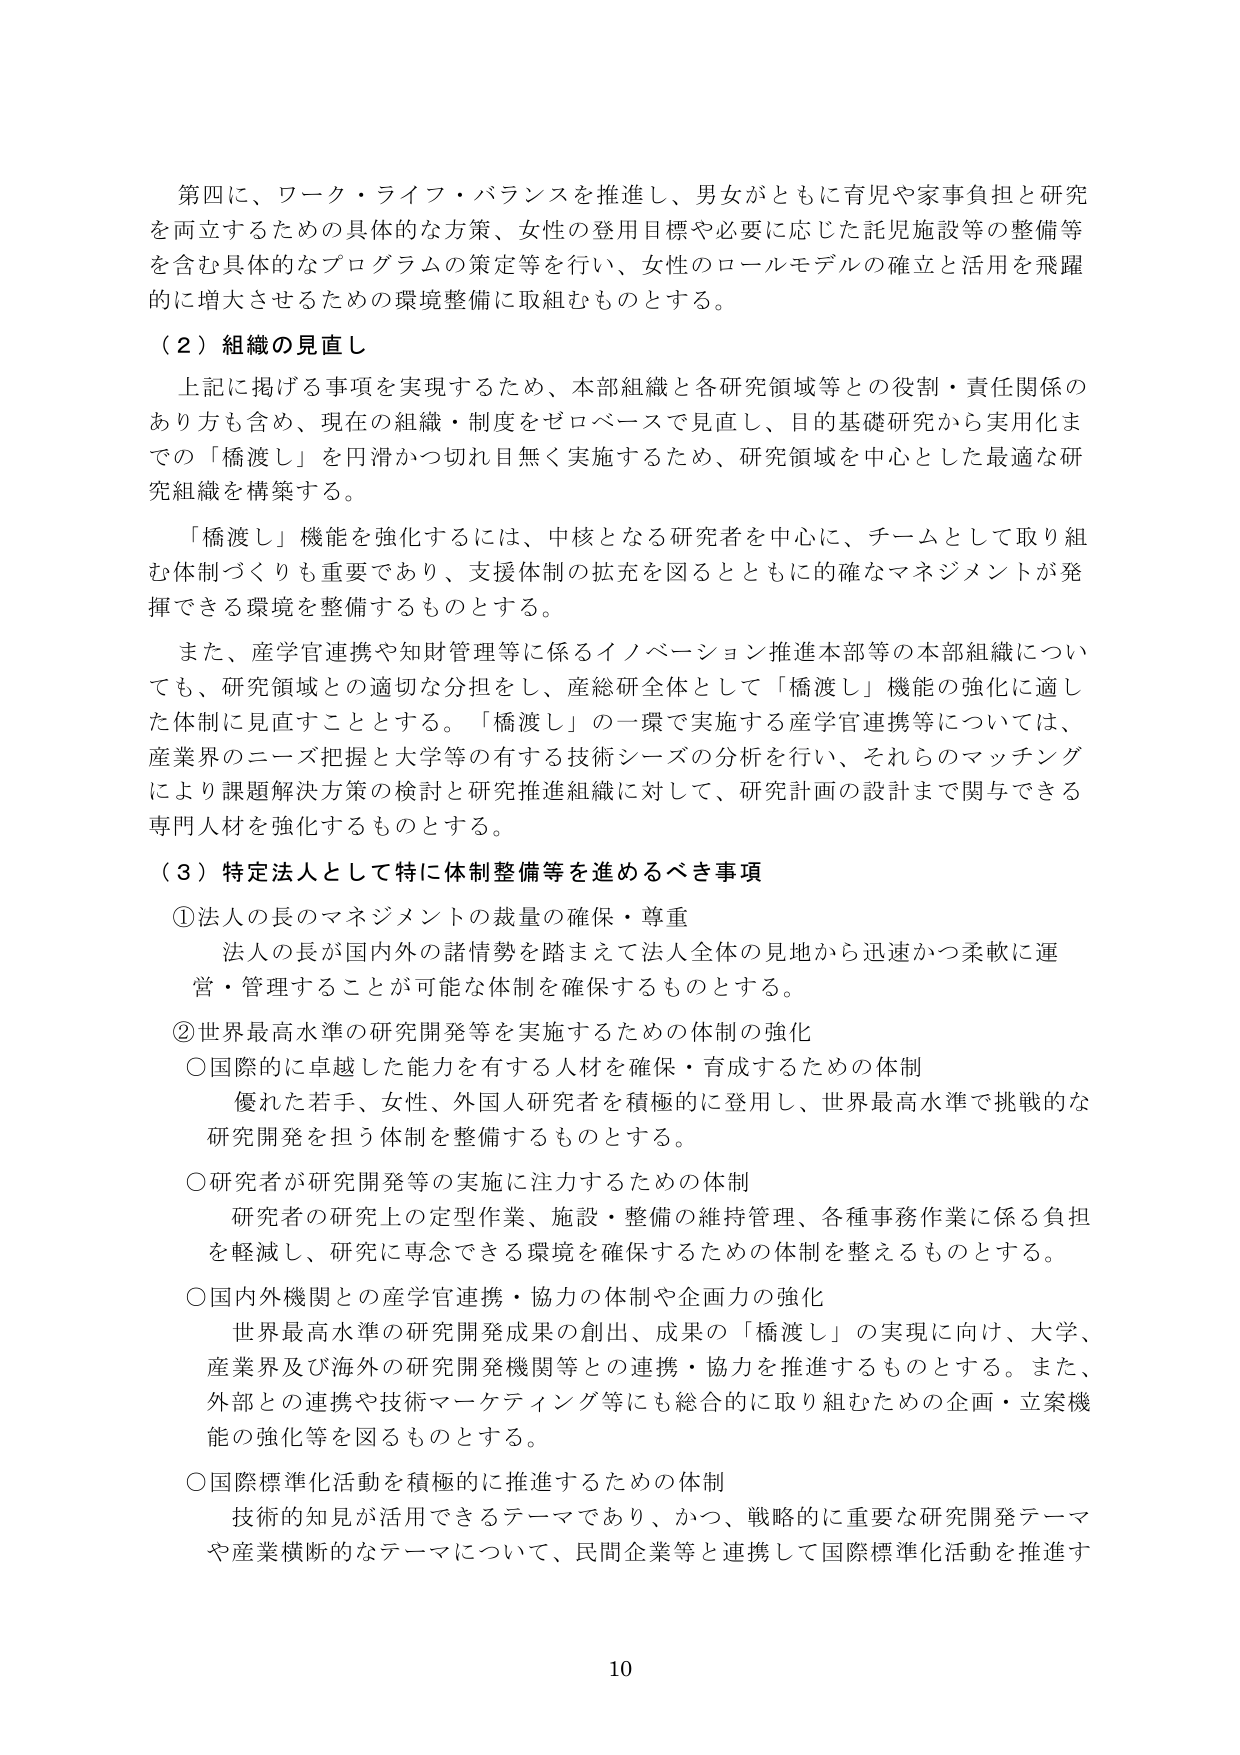
第四に、ワーク・ライフ・バランスを推進し、男女がともに育児や家事負担と研究を両立するための具体的な方策、女性の登用目標や必要に応じた託児施設等の整備等を含む具体的なプログラムの策定等を行い、女性のロールモデルの確立と活用を飛躍的に増大させるための環境整備に取組むものとする。

（２）組織の見直し

上記に掲げる事項を実現するため、本部組織と各研究領域等との役割・責任関係のあり方も含め、現在の組織・制度をゼロベースで見直し、目的基礎研究から実用化までの「橋渡し」を円滑かつ切れ目無く実施するため、研究領域を中心とした最適な研究組織を構築する。

「橋渡し」機能を強化するには、中核となる研究者を中心に、チームとして取り組む体制づくりも重要であり、支援体制の拡充を図るとともに的確なマネジメントが発揮できる環境を整備するものとする。

また、産学官連携や知財管理等に係るイノベーション推進本部等の本部組織についても、研究領域との適切な分担をし、産総研全体として「橋渡し」機能の強化に適した体制に見直すこととする。「橋渡し」の一環で実施する産学官連携等については、産業界のニーズ把握と大学等の有する技術シーズの分析を行い、それらのマッチングにより課題解決方策の検討と研究推進組織に対して、研究計画の設計まで関与できる専門人材を強化するものとする。

（３）特定法人として特に体制整備等を進めるべき事項

①法人の長のマネジメントの裁量の確保・尊重

法人の長が国内外の諸情勢を踏まえて法人全体の見地から迅速かつ柔軟に運営・管理することが可能な体制を確保するものとする。

②世界最高水準の研究開発等を実施するための体制の強化

○国際的に卓越した能力を有する人材を確保・育成するための体制

優れた若手、女性、外国人研究者を積極的に登用し、世界最高水準で挑戦的な研究開発を担う体制を整備するものとする。

○研究者が研究開発等の実施に注力するための体制

研究者の研究上の定型作業、施設・整備の維持管理、各種事務作業に係る負担を軽減し、研究に専念できる環境を確保するための体制を整えるものとする。

○国内外機関との産学官連携・協力の体制や企画力の強化

世界最高水準の研究開発成果の創出、成果の「橋渡し」の実現に向け、大学、産業界及び海外の研究開発機関等との連携・協力を推進するものとする。また、外部との連携や技術マーケティング等にも総合的に取り組むための企画・立案機能の強化等を図るものとする。

○国際標準化活動を積極的に推進するための体制

技術的知見が活用できるテーマであり、かつ、戦略的に重要な研究開発テーマや産業横断的なテーマについて、民間企業等と連携して国際標準化活動を推進す

10